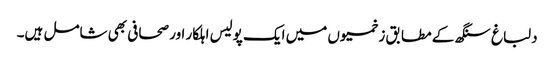
دلباغ سنگھ کے مطابق زخمیوں میں ایک پولیس اہلکار اور صحافی بھی شامل ہیں۔